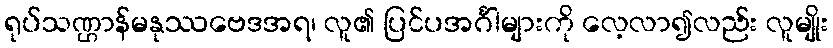
ရုပ်သဏ္ဌာန်မနုဿဗေဒအရ၊ လူ၏ ပြင်ပအင်္ဂါများကို လေ့လာ၍လည်း လူမျိုး